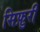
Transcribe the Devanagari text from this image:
सिफ़ुरी